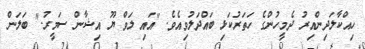
ހިއްކާލަދިންއިރު ދެމީހުންގެ ހަތަރުކަޅި ބައްދަލުވިއެވެ. "އައި ލަވް ޔޫ އިޝާން ސަމީރު." ބަލަން